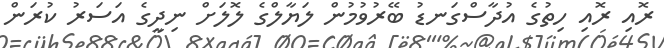
ރޮއި ރޮއި ހިތުގެ އުދާސްގަނޑު ބޭރުވުމުން ލަޔާލްގެ ލޮލަށް ނިދީގެ އަސަރު ކުރަން